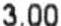
3.00